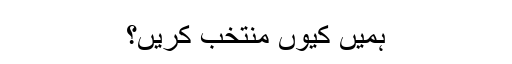
ہمیں کیوں منتخب کریں؟